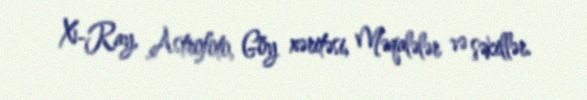
X-Ray, Astrofoto, Göy xəritəsi, Məqalələr və şəkillər.